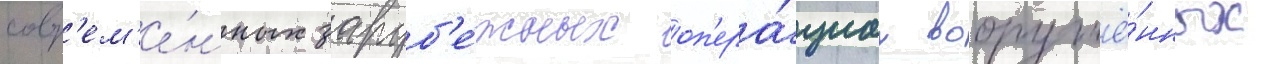
совр'ем'е́нных заруб'е́жных оп'ера́циах вооружё́нных